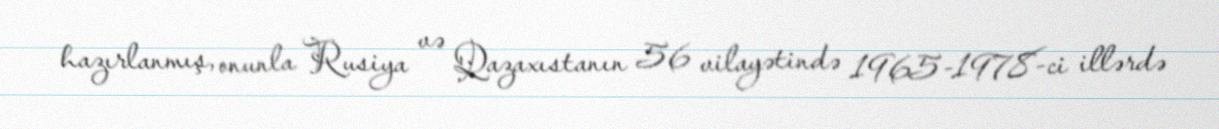
hazırlanmış, onunla Rusiya və Qazaxıstanın 56 vilayətində 1965-1978-ci illərdə